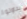
يحاولوا